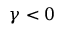
\gamma < 0